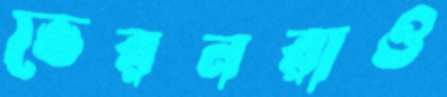
ভেরনরাও